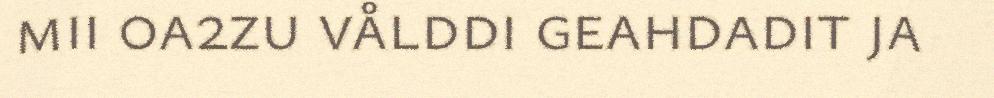
mii 0a2zu vålddi geahdadit ja